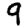
Digit: 9